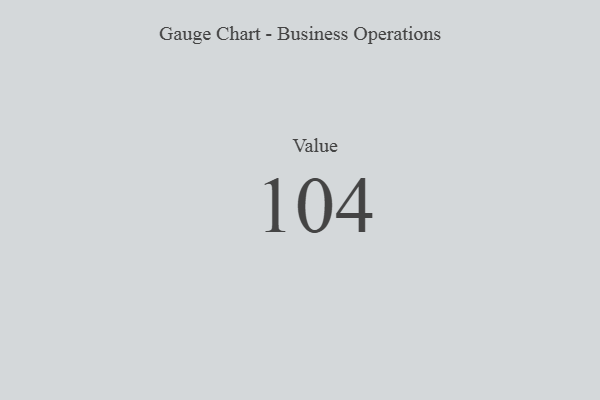
{"axis": {"x": "Metric", "y": "Value"}, "legend": [""], "data": [{"x": "Value", "y": 104, "type": ""}]}